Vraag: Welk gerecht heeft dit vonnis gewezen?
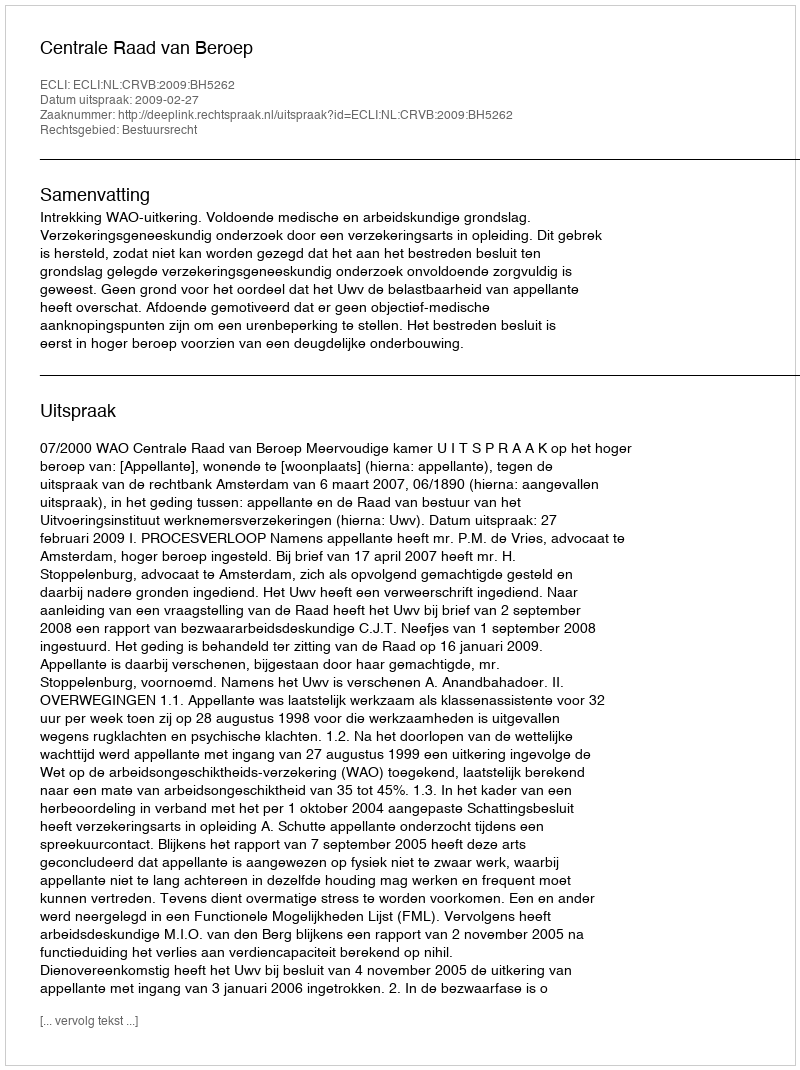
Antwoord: Centrale Raad van Beroep